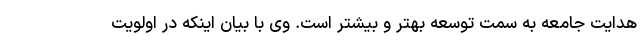
هدایت جامعه به سمت توسعه بهتر و بیشتر است. وی با بیان اینکه در اولویت